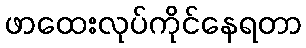
ဖာထေးလုပ်ကိုင်နေရတာ